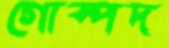
গোস্পদ